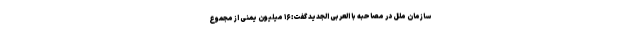
سازمان ملل در مصاحبه با العربی الجدید گفت: ۱۶ میلیون یمنی از مجموع